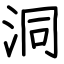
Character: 洞